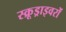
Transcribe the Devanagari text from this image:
स्क्रूड्राइवरों